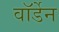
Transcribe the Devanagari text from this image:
वाॅर्डेन